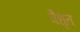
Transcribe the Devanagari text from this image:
वैधृत